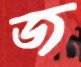
জ